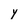
Character: y